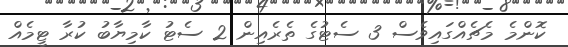
ކޮންމެ މެޗެއްގައިވެސް 3 ސެޓުގެ ތެރެއިން 2 ސެޓު ކާމިޔާބު ކުރާ ޓީމެއް